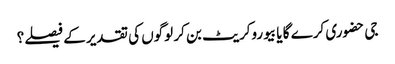
جی حضوری کرے گا یا بیوروکریٹ بن کر لوگوں کی تقدیر کے فیصلے؟